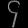
Digit: ၄